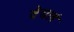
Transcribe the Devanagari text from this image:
वेधलं